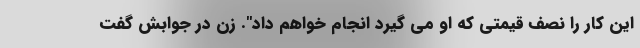
این کار را نصف قیمتی که او می گیرد انجام خواهم داد". زن در جوابش گفت